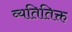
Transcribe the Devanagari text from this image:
व्यतितिक्त